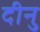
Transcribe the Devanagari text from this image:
दीनु